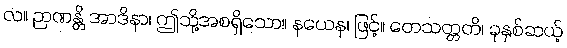
လ။ ဉာဏန္တိ အာဒိနာ၊ ဤသို့အစရှိသော။ နယေန၊ ဖြင့်။ တေသတ္တတိ၊ ခုနှစ်ဆယ့်